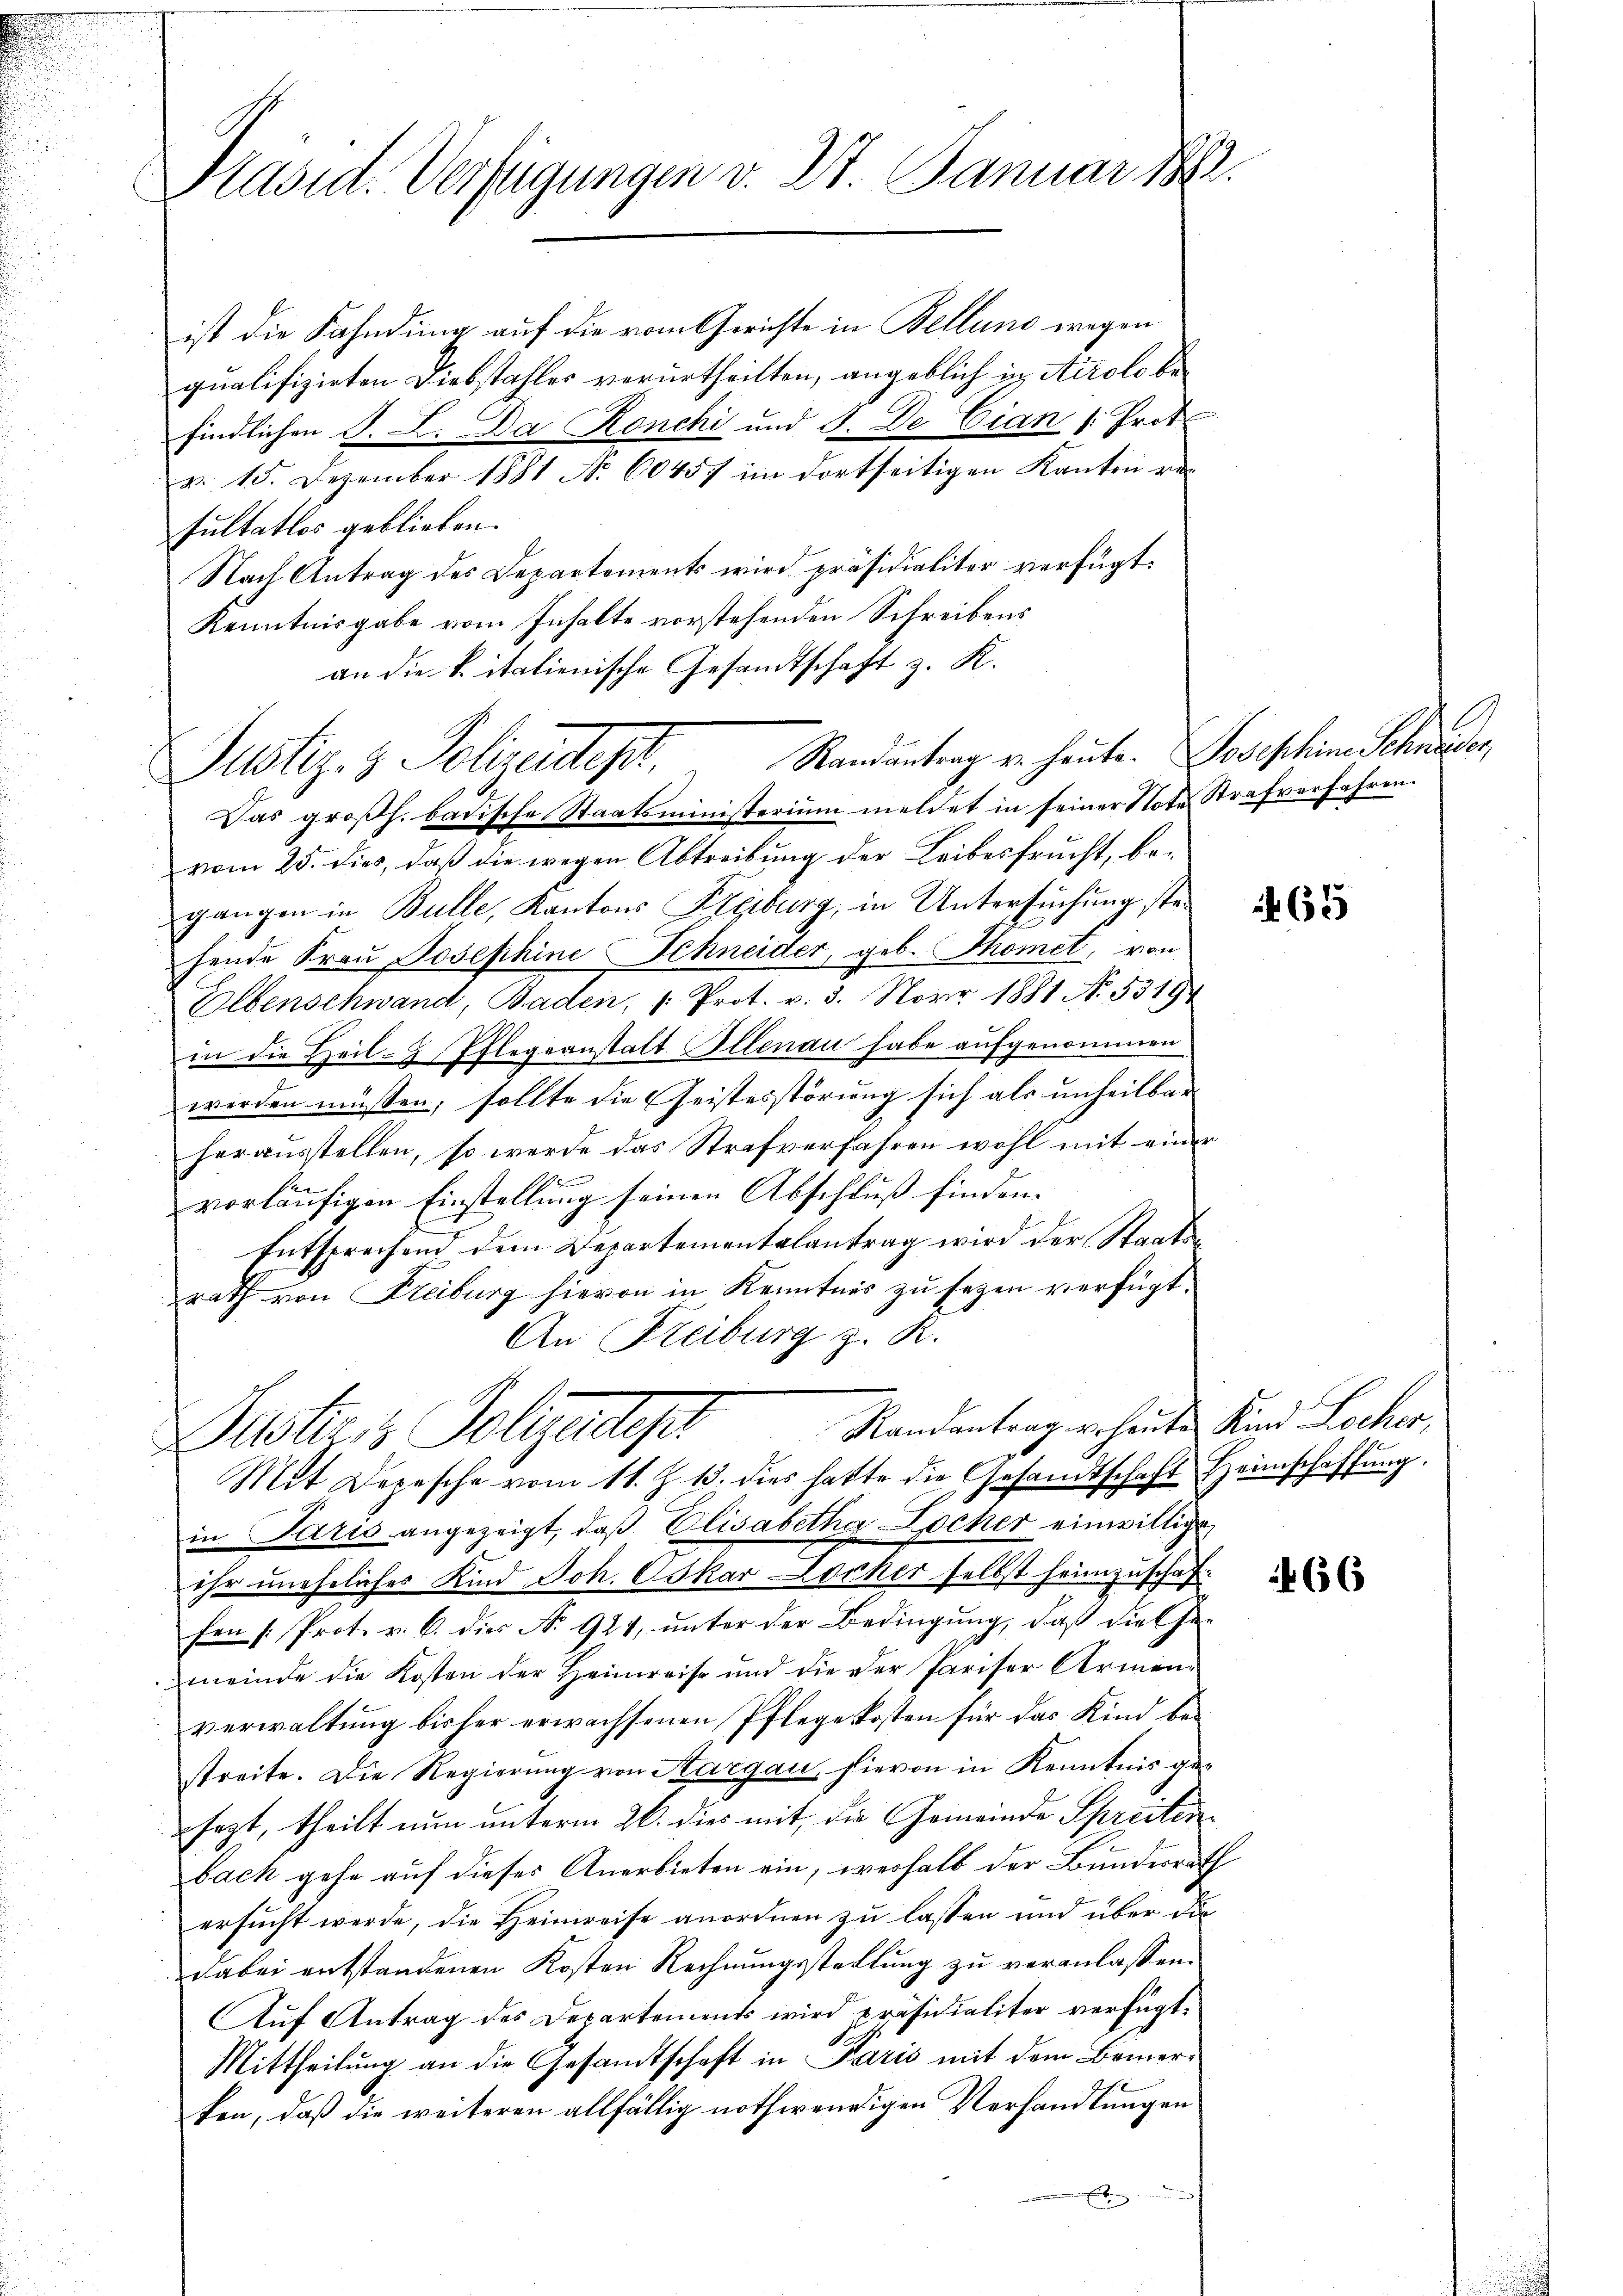
Präsid. Verfügungen v. 27. Januar 1882.

¬

ist die Fahndung auf die vom Gerichte in Bellung wegen
qualifizirten Diebstahles verurtheilten, angeblich in Airolo befindlichen S. L. Da Ronchi und 8. De Cian Prot
a. 15. Dezember 1881 No 60457 im dortseitigen Kanton ve
sultatlos geblieben.
Nach Antrag des Departements wird präsidialiter verfügt:
Kenntnisgabe vom Inhalte vorstehenden Schreibens
an die K. italienische Gesandtschaft z. K.
Das großh. badische Staatsministerium meldet in seiner Note Strafverfahren.
vom 25. dies, daß die wegen Abtreibung der Leibesfrucht, begangen in Bulle, Kantons Freiburg, in Untersuchung stehende Frau Josephine Schneider, geb. Thomet, von
Elbenschwand, Baden, " Prot. v. 3. Nov 1881 N. 53194
in die Heil-Z Pflegeanstatt Ellenau habe aufgenommen
werden müssen, sollte die Geistesstörung sich als unheilbar
herausstellen, so werde das Strafverfahren wohl mit einer
vorläufigen Einstellung seinen Abschluß finden.
Entsprechend dem Departementalantrag wird der Staatsrath von Freiburg hievon in Kenntnis zu sezen verfügt.
An Freiburg z. R.
Randantrag erheute Kind Locher,
Destiers Polyeder
Mit Depesche vom 11. Z. 13. dies hatte die Gesandtschaft Heimschaffung.
in Paris angezeigt, daβ Elisabetha Locher einwillige,
ihr uneheliches Kind Joh. Oskar Locker selbst heimzuschaf
fen /: Prot. v. 6. dies No 924, unter der Bedingung, daß diessemeinde die Kosten der Heimreise und die der Pariser Armen-
verwaltŭng bisher erwachsenen Pflege kosten für das Kind be-
streite. Die Regierung von Sargau, hievon in Kenntnis gesezt, theilt nun unterm 26. dies mit, die Gemeinde Spreitenbach gehe auf dieses Anerbieten ein, weshalb der Bundesrath
ersucht werde, die Heimreise anordnen zu lassen und über diedabei entstandenen Kosten Rechnungsstellung zu veranlassen.
uf Antrag des Departements wird präsidialiter verfügt:
Mittheilung an die Gesandtschaft in Paris mit dem Bemerken, daß die weiteren allfällig nothwendigen Verhandlungen
e
Eben

Justiz- & Polizeidest. Standentrag von heute. Vorschiene Schieder

465

66